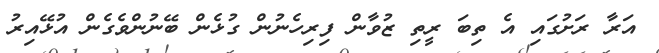
އަރާ ރަށުގައި އެ ތިބަ ރީތި ޒުވާން ފިރިހެނުން ގުޅެން ބޭނުންވެގެން އުޅޭއިރު